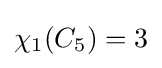
\chi _{1}(C_{5})=3